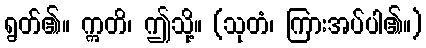
ရွတ်၏။ ဣတိ၊ ဤသို့။ (သုတံ၊ ကြားအပ်ပါ၏။)